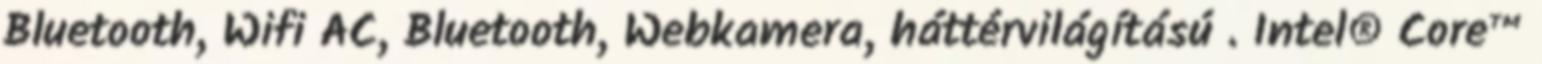
Bluetooth, Wifi AC, Bluetooth, Webkamera, háttérvilágítású . Intel® Core™